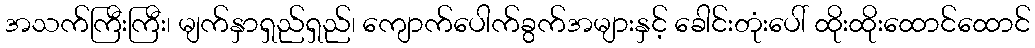
အသက်ကြီးကြီး၊ မျက်နှာရှည်ရှည်၊ ကျောက်ပေါက်ခွက်အများနှင့် ခေါင်းတုံးပေါ် ထိုးထိုးထောင်ထောင်